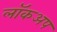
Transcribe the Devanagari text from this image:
लॉकअप